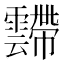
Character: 𱁥